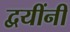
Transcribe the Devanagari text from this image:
द्वयींनी